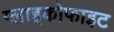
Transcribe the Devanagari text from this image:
ग्लाइकोफाइट